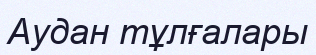
Аудан тұлғалары